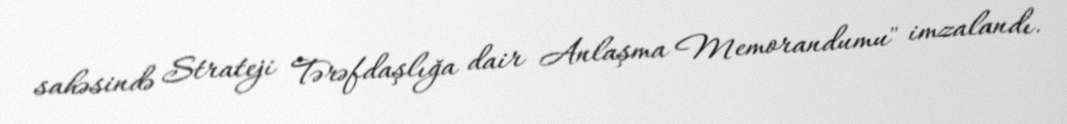
sahəsində Strateji Tərəfdaşlığa dair Anlaşma Memorandumu" imzalandı.